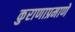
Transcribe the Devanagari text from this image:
कुराणाप्रमाणे